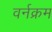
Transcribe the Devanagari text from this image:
वर्नक्रम